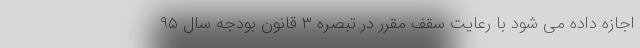
اجازه داده می شود با رعایت سقف مقرر در تبصره ۳ قانون بودجه سال ۹۵